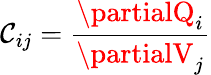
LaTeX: \mathcal{C}_{ij}={\frac{{\partialQ_{i}}}{{\partialV_{j}}}}